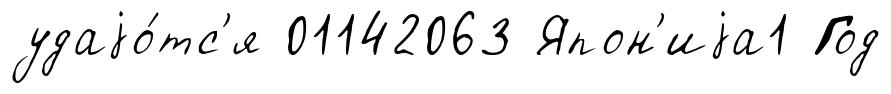
удаjо́тс'я 01142063 Япон'иjа1 Год